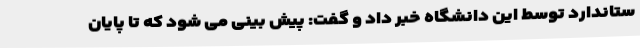
ستاندارد توسط این دانشگاه خبر داد و گفت: پیش بینی می شود که تا پایان